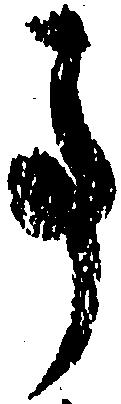
事